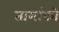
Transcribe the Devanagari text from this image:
तामांको